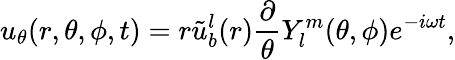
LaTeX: u_{\theta}(r,\theta,\phi,t)=r\tilde{u}_{b}^{l}(r)\frac{\partial}{\theta}Y_{l}^{m}(\theta,\phi)e^{-i\omega t},